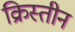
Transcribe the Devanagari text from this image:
क्रिस्तीन